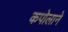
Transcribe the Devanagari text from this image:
कपोलाने